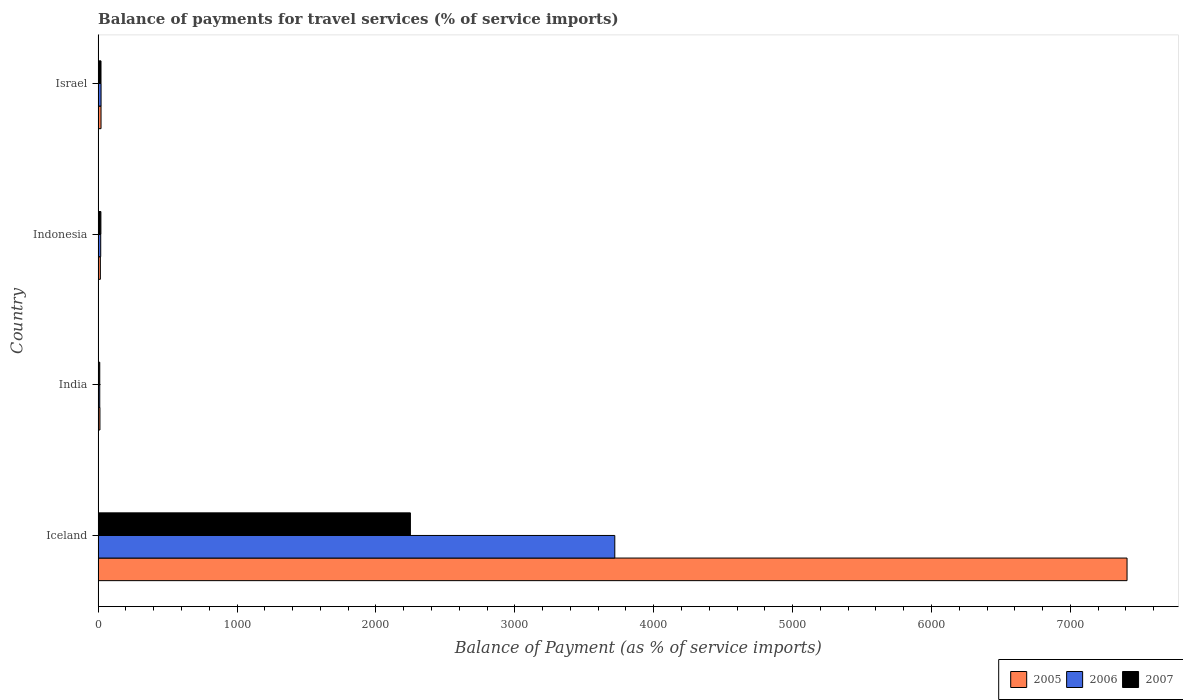
| Country | 2005 | 2006 | 2007 |
 | --- | --- | --- | --- |
 | Iceland | 7.41e+03 | 3.72e+03 | 2.25e+03 |
 | India | 13.1 | 11.7 | 11.7 |
 | Indonesia | 16.1 | 18.7 | 20 |
 | Israel | 20.9 | 21.2 | 20.8 |